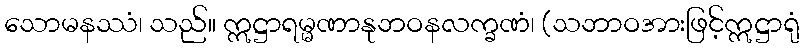
သောမနဿံ၊ သည်။ ဣဋ္ဌာရမ္မဏာနုဘဝနလက္ခဏံ၊ (သဘာဝအားဖြင့်ဣဋ္ဌာရုံ